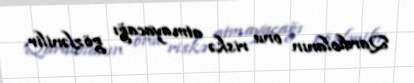
Qardiolanın onu riskə atmayacağı gözlənilir.